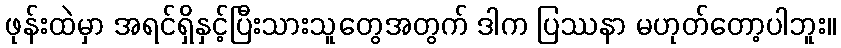
ဖုန်းထဲမှာ အရင်ရှိနှင့်ပြီးသားသူတွေအတွက် ဒါက ပြဿနာ မဟုတ်တော့ပါဘူး။